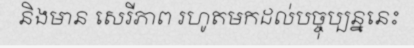
និងមាន សេរីភាព រហូតមកដល់បច្ចុប្បន្ននេះ